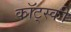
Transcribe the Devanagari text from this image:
कॉट्स्की